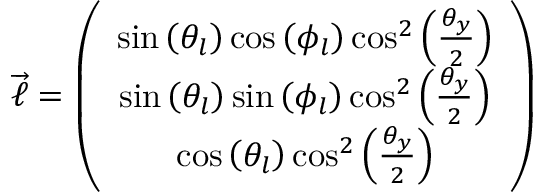
\begin{array} { r } { \overrightarrow { \ell } = \left( \begin{array} { c } { \sin \left( \theta _ { l } \right) \cos \left( \phi _ { l } \right) \cos ^ { 2 } \left( \frac { \theta _ { y } } { 2 } \right) } \\ { \sin \left( \theta _ { l } \right) \sin \left( \phi _ { l } \right) \cos ^ { 2 } \left( \frac { \theta _ { y } } { 2 } \right) } \\ { \cos \left( \theta _ { l } \right) \cos ^ { 2 } \left( \frac { \theta _ { y } } { 2 } \right) } \end{array} \right) } \end{array}